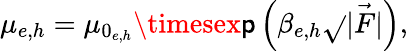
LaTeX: \mu_{e,h}=\mu_{0_{e,h}}\timesex\mathsf{p}\left(\beta_{e,h}\sqrt{}{{\vec{{|F|}}}}\right),